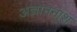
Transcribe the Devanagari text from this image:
अज्ञाननाश